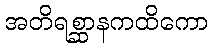
အတိရစ္ဆာနကထိကော